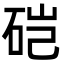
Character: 硙